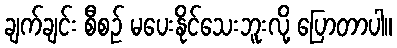
ချက်ချင်း စီစဉ် မပေးနိုင်သေးဘူးလို့ ပြောတာပါ။